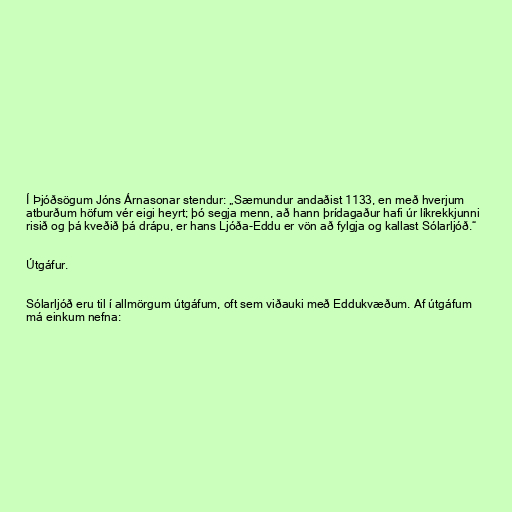
Í Þjóðsögum Jóns Árnasonar stendur: „Sæmundur andaðist 1133, en með hverjum
atburðum höfum vér eigi heyrt; þó segja menn, að hann þrídagaður hafi úr líkrekkjunni
risið og þá kveðið þá drápu, er hans Ljóða-Eddu er vön að fylgja og kallast Sólarljóð.“

Útgáfur.

Sólarljóð eru til í allmörgum útgáfum, oft sem viðauki með Eddukvæðum. Af útgáfum
má einkum nefna: